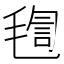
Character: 𣮴